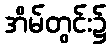
အိမ်တွင်း၌